Report on horse surra - Volume II, Part II
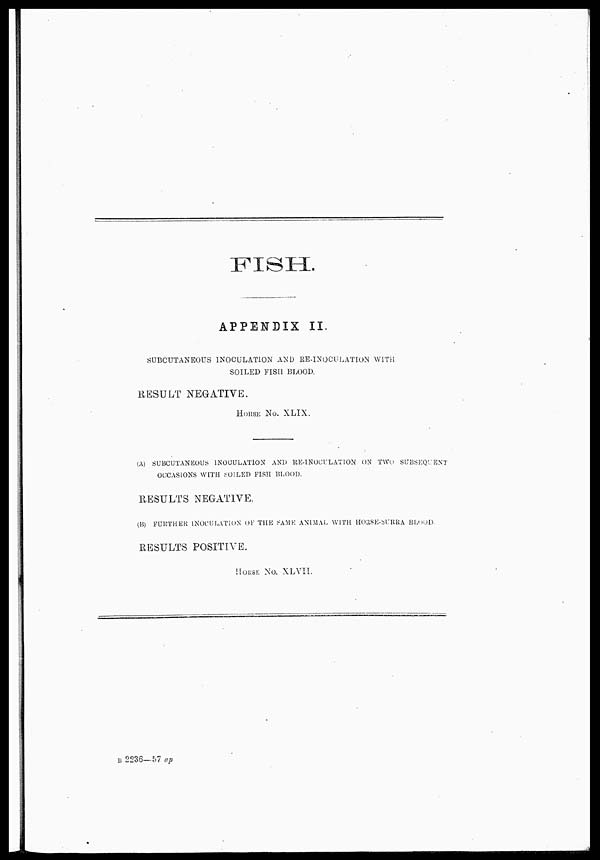
FISH.
APPENDIX II.
SUBCUTANEOUS INOCULATION AND RE-INOCULATION WITH
SOILED FISH BLOOD.
RESULT NEGATIVE.
HORSE No. XLIX.
(A) SUBCUTANEOUS INOCULATION AND RE-INOCULATION ON TWO SUBSEQUENT
OCCASIONS WITH SOILED FISH BLOOD.
RESULTS NEGATIVE.
(B) FURTHER INOCULATION OF THE SAME ANIMAL WITH HORSE-SURRA BLOOD.
RESULTS POSITIVE.
HORSE No. XLVII.
B 2236—57 ap